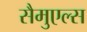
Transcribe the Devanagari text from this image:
सैमुएल्स